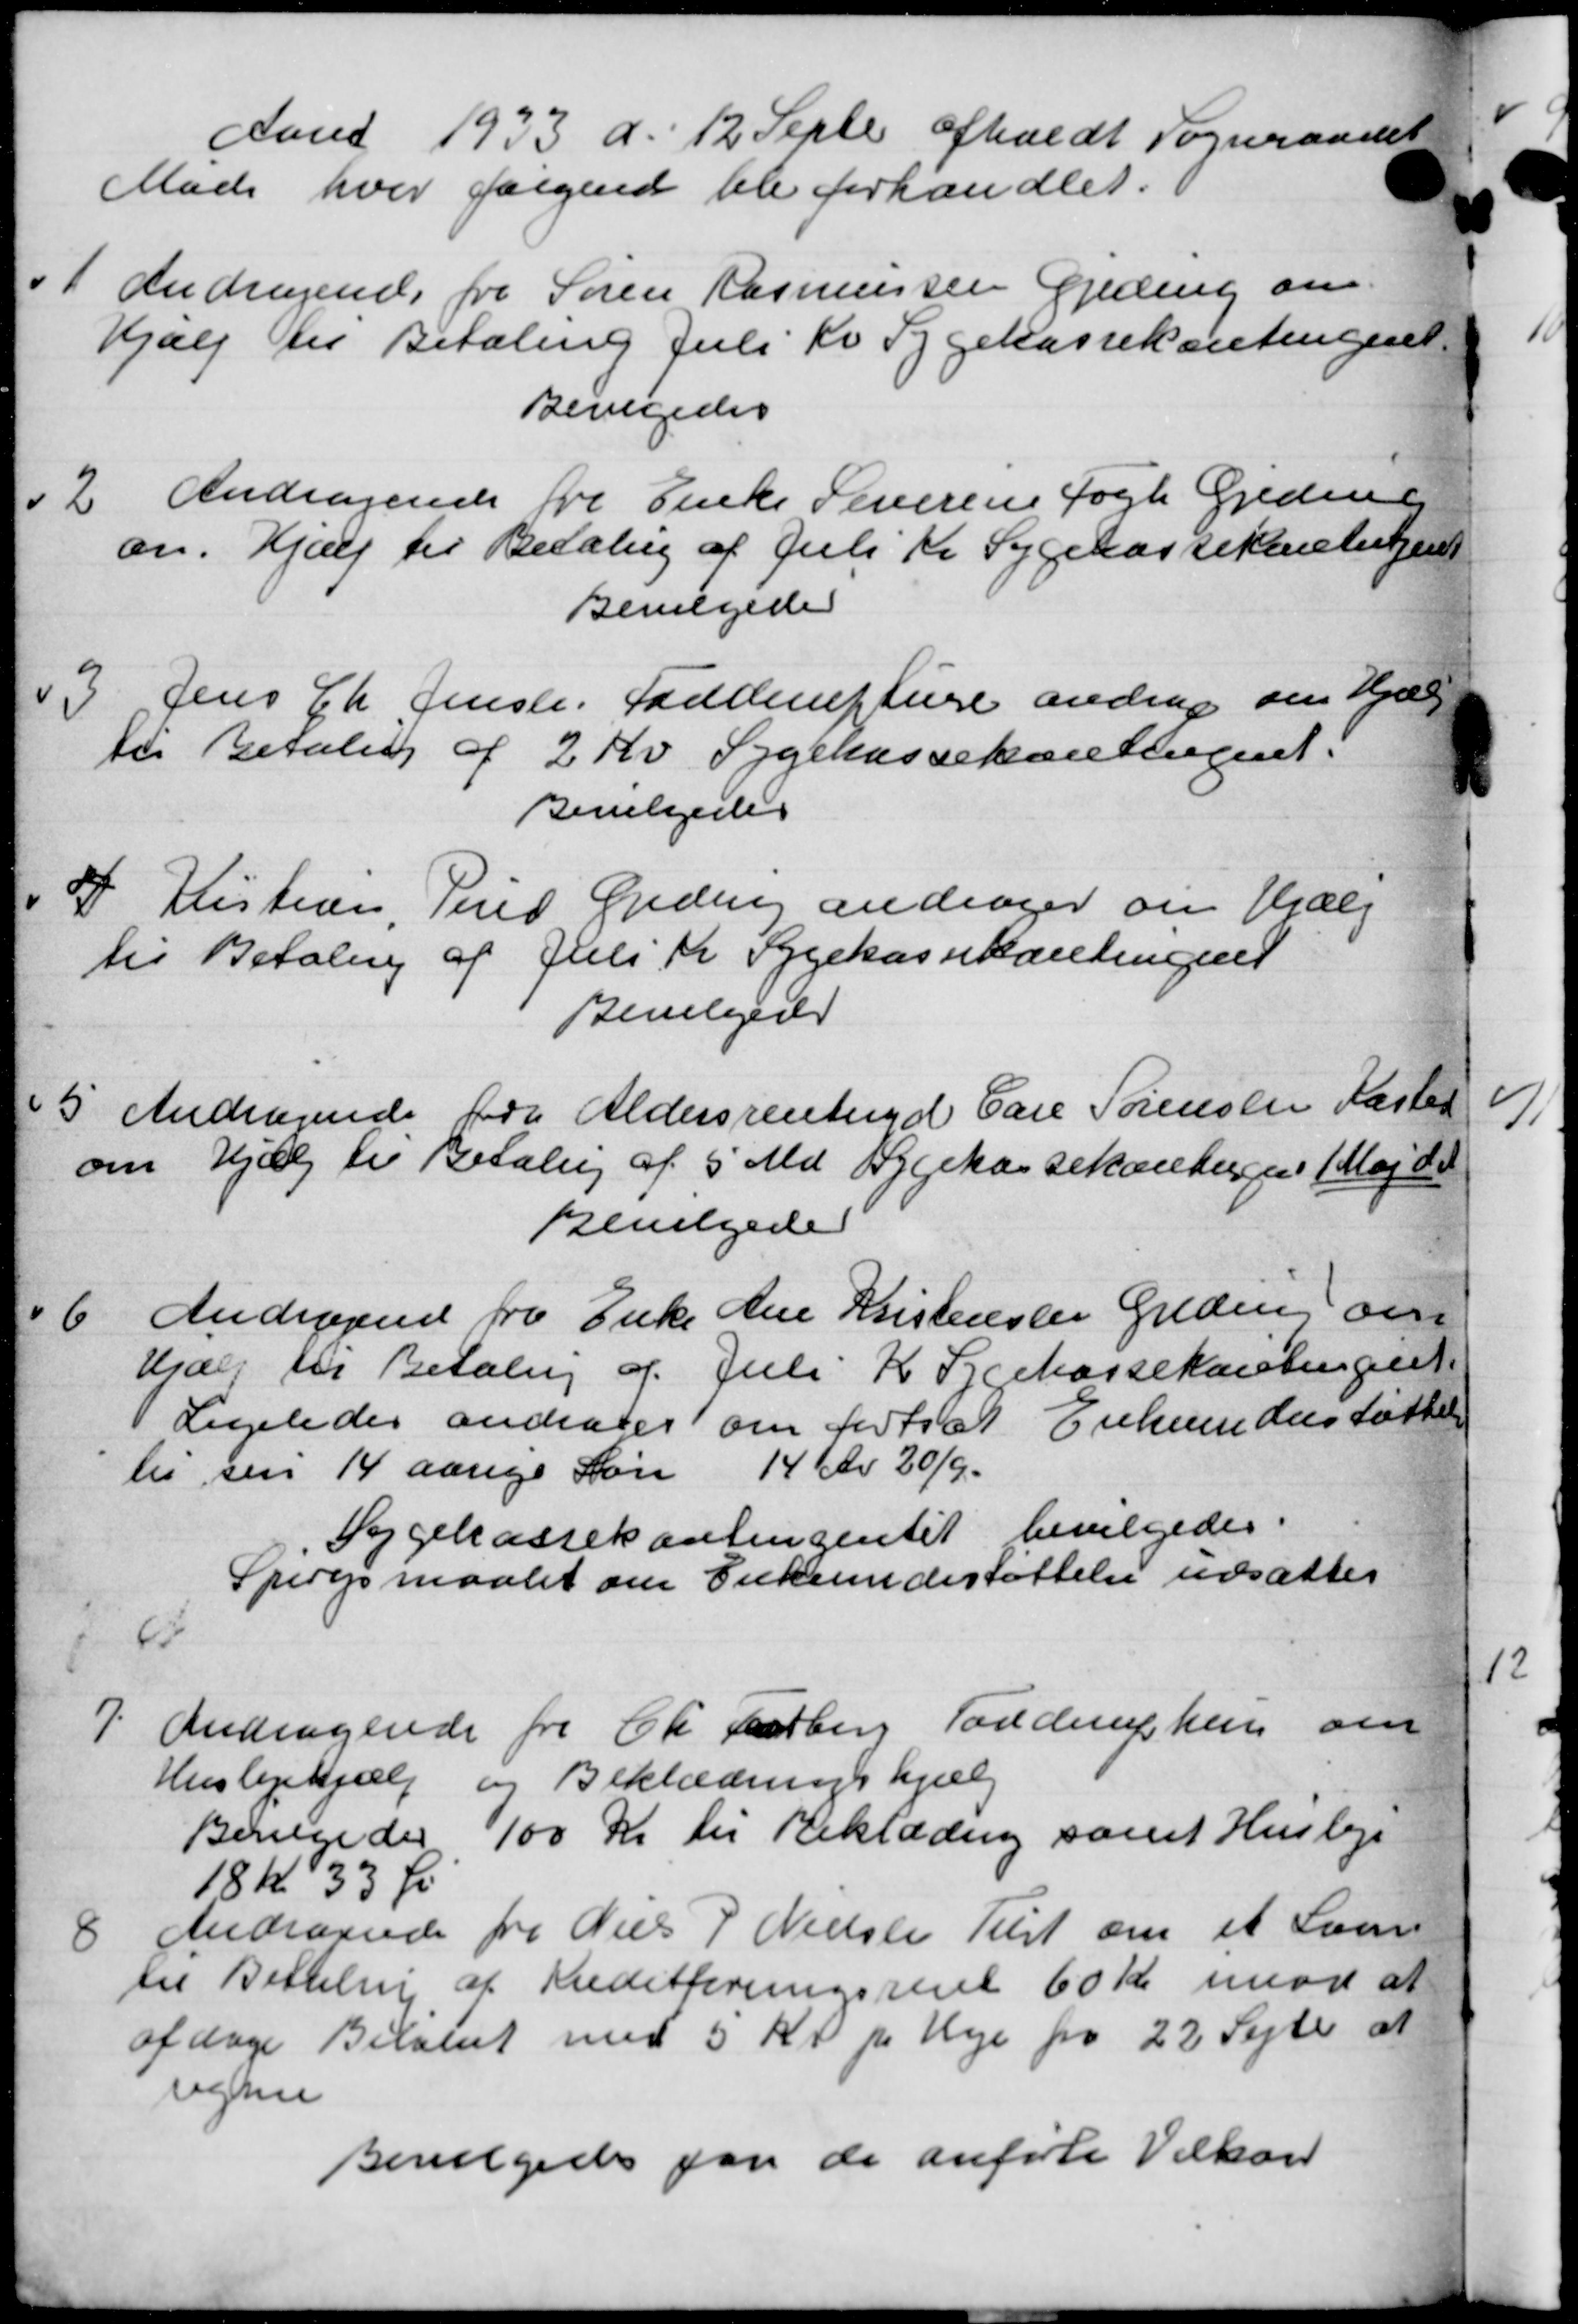
Transskription:
Aaret 1933 d. 12 Septr afholdt Sogneraadet
Møde hvor følgende ble forhandlet.
1
Andragende fra Søren Rasmussen Gjeding om
Hjælp til Betaling Juli Kv Sygekassekontingent
Bevilgedes
2
Andragende fra Enke Leverens Fogh Geden
en. Hjælp til Betaling af Juli Kr Sygekassekontitjent
Bevilgede
3.
Jens Ch Jensen, Sandereftere andrag om Hjælp
til Betaling af 2 Kr Sygekassekontingent.
Bevilgedes
4
Kistere, Peres Greden andrager om Hjælp
til Betaling af Juli Kr Sygekassekantingen
Bevilgedes
5
Andragende for Aldersrentend Carl Sørensen Kasted
om Hjælp til Betaling af 5 Md Sygekassekontingen 1 Maj d.A.
Bevilgedes
6
Andragend fra Enke Ane Kristensen Greding om
Hjælp til Betaling af Juli K Sygekassekontinant.
Ligeledes andrager om fortsæt Erkenderstøttelse
lis sen 14 aarige Løn 14 Kr 20/9
Sygekassekontingentet bevilgedes.
Spørgsmaalet om Enkeunderstøttelse udsattes
7.
Andragende fra Ch Falberg Tanderuphen om
Huslejehjælp og Beklædningshjælp
Bevilgedes 100 Kr til Beklædning samt Husleje
18 Kr 33 Øre
8
Andragende fra Niels P Nielser Tilst om et Sam
til Betaling af Kreditforeningsrent 60 Kr. imod at
afdage Beløbet med 5 Kr pr Hee fra 22 Septer at
regne
Bevilgedes paa de anførte Vilkar